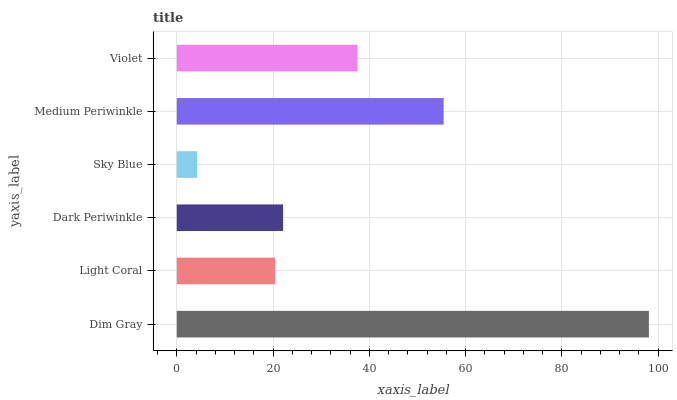
| yaxis_label | bars |
 | --- | --- |
 | Dim Gray | 98.1 |
 | Light Coral | 20.4 |
 | Dark Periwinkle | 22.1 |
 | Sky Blue | 4.26 |
 | Medium Periwinkle | 55.4 |
 | Violet | 37.5 |